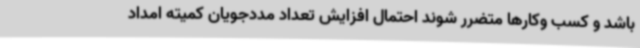
باشد و کسب وکارها متضرر شوند احتمال افزایش تعداد مددجویان کمیته امداد